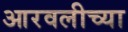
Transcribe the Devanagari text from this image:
आरवलीच्या